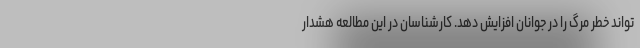
‌تواند خطر مرگ را در جوانان افزایش دهد. کارشناسان در این مطالعه هشدار